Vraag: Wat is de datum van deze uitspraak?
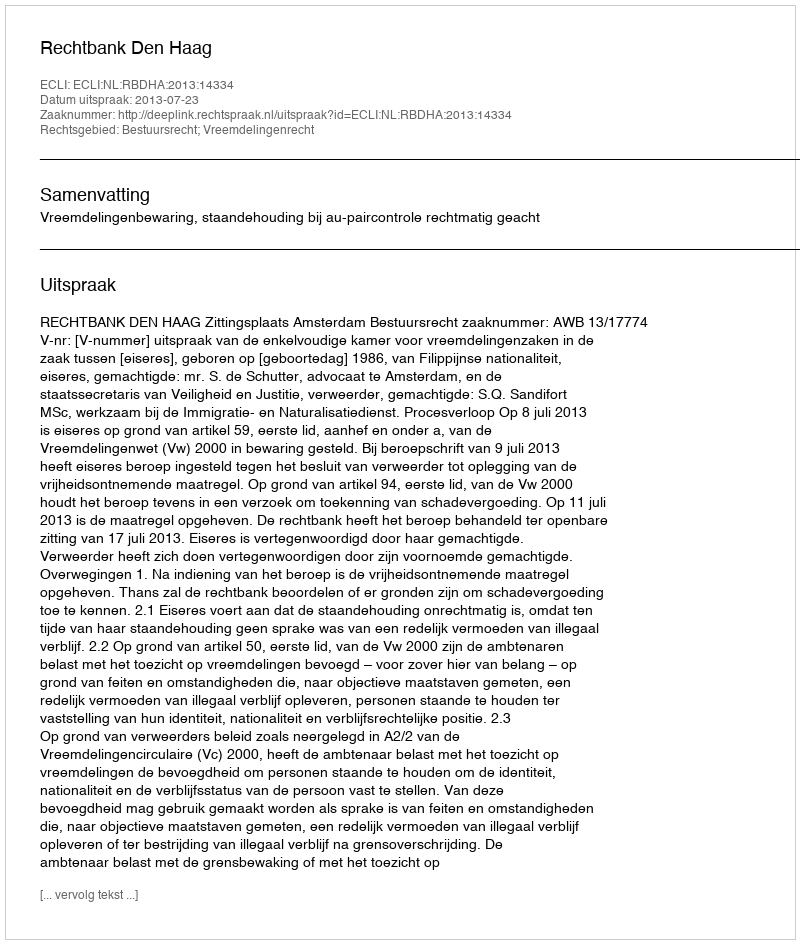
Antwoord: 2013-07-23